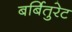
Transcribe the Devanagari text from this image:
बर्बितुरेट